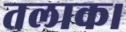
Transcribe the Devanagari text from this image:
तलाक।